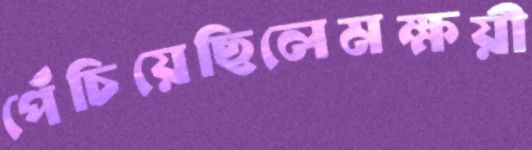
পেঁচিয়েছিলেমক্ষয়ী